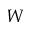
W